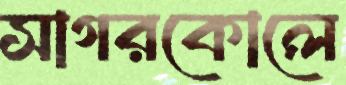
সাগরকোলে